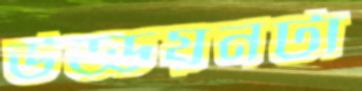
উড্ডয়নটা